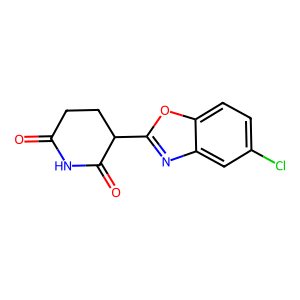
SMILES: O=C1CCC(c2nc3cc(Cl)ccc3o2)C(=O)N1
Inhibits HIV replication: No